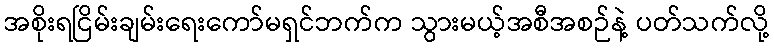
အစိုးရငြိမ်းချမ်းရေးကော်မရှင်ဘက်က သွားမယ့်အစီအစဉ်နဲ့ ပတ်သက်လို့